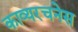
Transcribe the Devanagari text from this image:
काव्यरचनेस